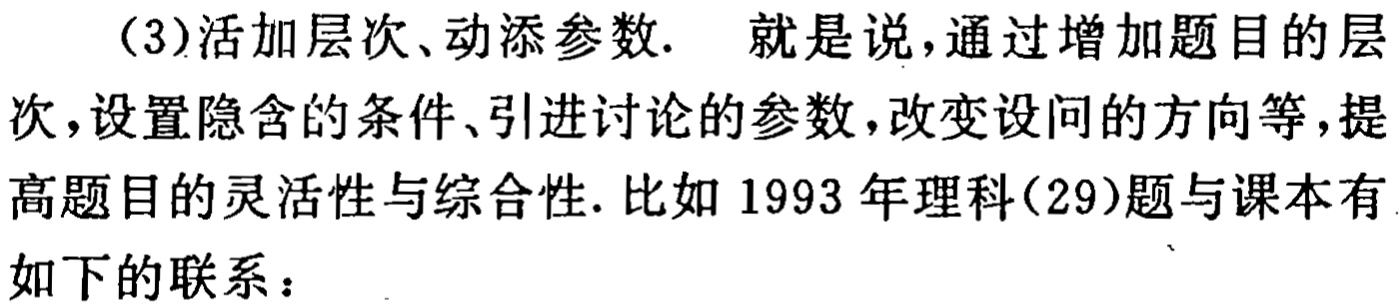
（3）活加层次、动添参数.  就是说，通过增加题目的层次，设置隐含的条件、引进讨论的参数，改变设问的方向等，提高题目的灵活性与综合性. 比如 1993 年理科(29)题与课本有如下的联系：